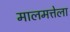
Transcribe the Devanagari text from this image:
मालमत्तेला